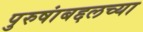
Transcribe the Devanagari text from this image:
पुरुषांबद्दलच्या